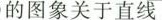
的图象关于直线